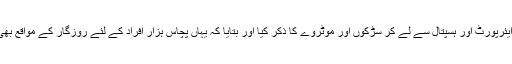
انہوں نے ایئرپورٹ اور ہسپتال سے لے کر سڑکوں اور موٹروے کا ذکر کیا اور بتایا کہ یہاں پچاس ہزار افراد کے لئے روزگار کے مواقع بھی ہوں گے۔